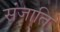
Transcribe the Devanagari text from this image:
संजाति